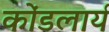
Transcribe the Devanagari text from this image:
कोंडलार्य